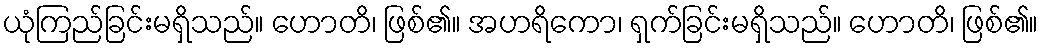
ယုံကြည်ခြင်းမရှိသည်။ ဟောတိ၊ ဖြစ်၏။ အဟရိကော၊ ရှက်ခြင်းမရှိသည်။ ဟောတိ၊ ဖြစ်၏။